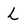
Character: L